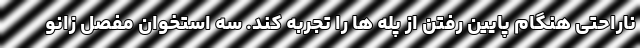
ناراحتی هنگام پایین رفتن از پله ها را تجربه کند. سه استخوان مفصل زانو